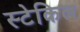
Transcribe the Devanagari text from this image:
स्टेकिल